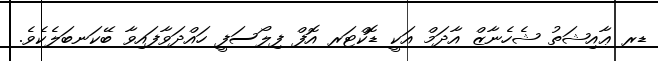
ޑރ ޢާއިޝަތު ޝެހެނާޒް އާދަމް އަކީ ޑޮކްޓަރ އޮފް ފިލޯސަފީ ހައްދަވާފައިވާ ބޭކަނބަލެކެވެ.